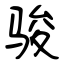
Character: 骏